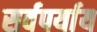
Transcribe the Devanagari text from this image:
सर्वपर्याय